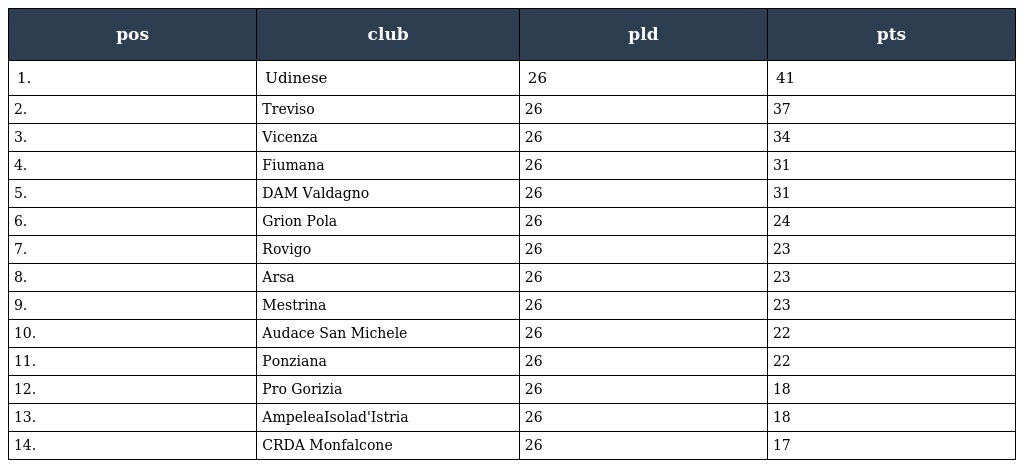
| pos | club | pld | pts |
 | --- | --- | --- | --- |
 | 1. | Udinese | 26 | 41 |
 | 2. | Treviso | 26 | 37 |
 | 3. | Vicenza | 26 | 34 |
 | 4. | Fiumana | 26 | 31 |
 | 5. | DAM Valdagno | 26 | 31 |
 | 6. | Grion Pola | 26 | 24 |
 | 7. | Rovigo | 26 | 23 |
 | 8. | Arsa | 26 | 23 |
 | 9. | Mestrina | 26 | 23 |
 | 10. | Audace San Michele | 26 | 22 |
 | 11. | Ponziana | 26 | 22 |
 | 12. | Pro Gorizia | 26 | 18 |
 | 13. | AmpeleaIsolad'Istria | 26 | 18 |
 | 14. | CRDA Monfalcone | 26 | 17 |